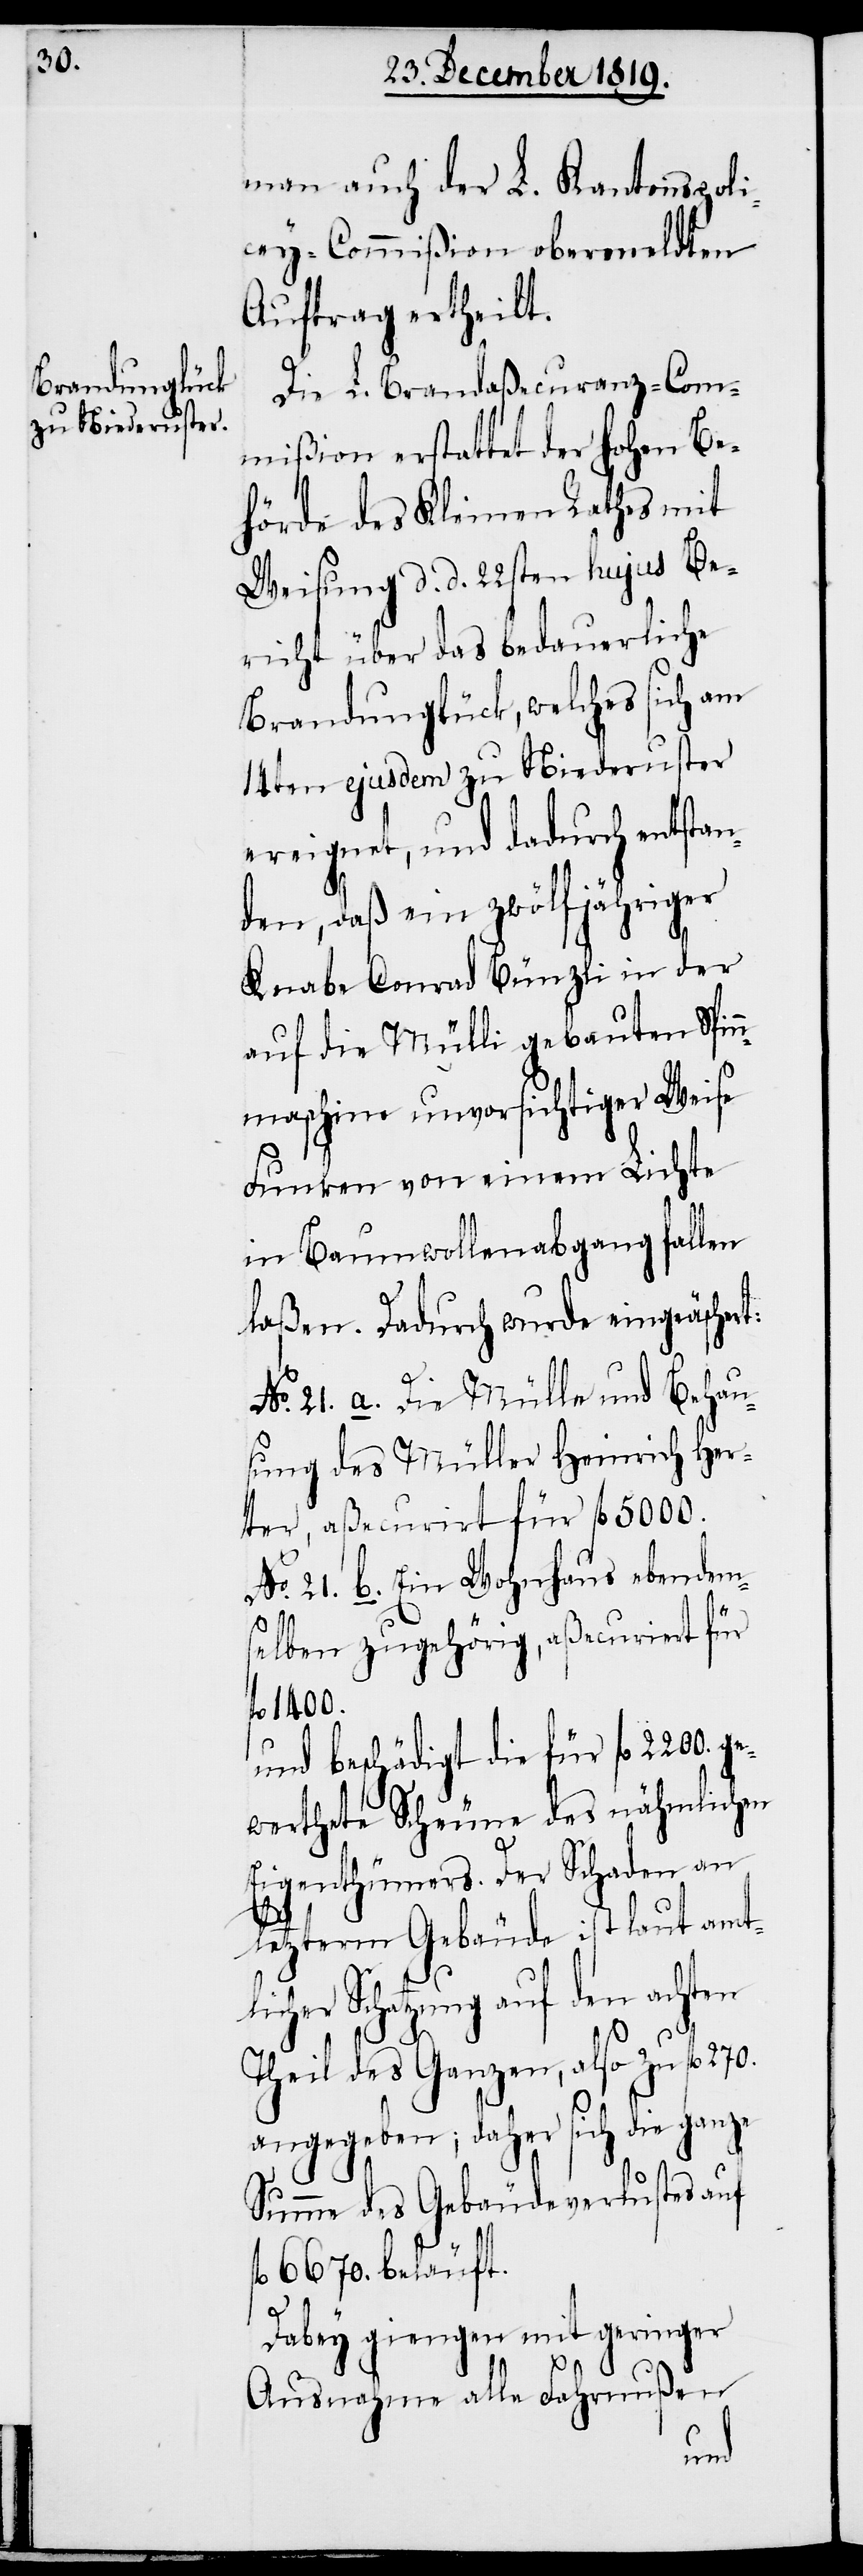
man auch der L. Kantonspoli¬
cey-Commißion obermeldten
Auftrag ertheilt.
Die L. Brandaßecuranz-Com¬
mißion erstattet der hohen Be¬
hörde des Kleinen Rathes mit
Weisung d. d. 22sten hujus Be¬
richt über das bedauerliche
Brandunglück, welches sich am
14ten ejusdem zu Niederuster
ereignet, und dadurch entstan¬
den, daß ein zwölfjähriger
Knabe Conrad Bünzli in der
auf die Mülli gebauten Spin¬
nmaschine unvorsichtiger Weise
Funken von einem Lichte
Baumwollenabgang fallen
laßen. Dadurch wurde eingeäscher¬
No. 21. a. Die Mülle und Behau¬
sung des Müller Heinrich Her¬
ter, aßecurirt für fl. 5000.
No. 21. b. Ein Wohnhaus ebendem¬
selben zugehörig, aßecuriert für
fl. 1400.
und beschädigt die für fl. 2200.
werthete Scheune des nähmlichen
Eigenthümers. Der Schaden an
letzerm Gebäude ist laut amt¬
Schatzung auf den achten
Theil des Ganzen, also zu fl.
angegeben; daher sich die ganze
Summe des Gebäudeverlustes auf
l. 6670. beläuft.
Dabey giengen mit geringer
f¬
Ausnahme alle Fahrnußen
cher